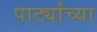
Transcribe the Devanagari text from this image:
पार्ट्यांच्या